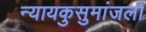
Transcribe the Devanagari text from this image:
न्यायकुसुमांजली